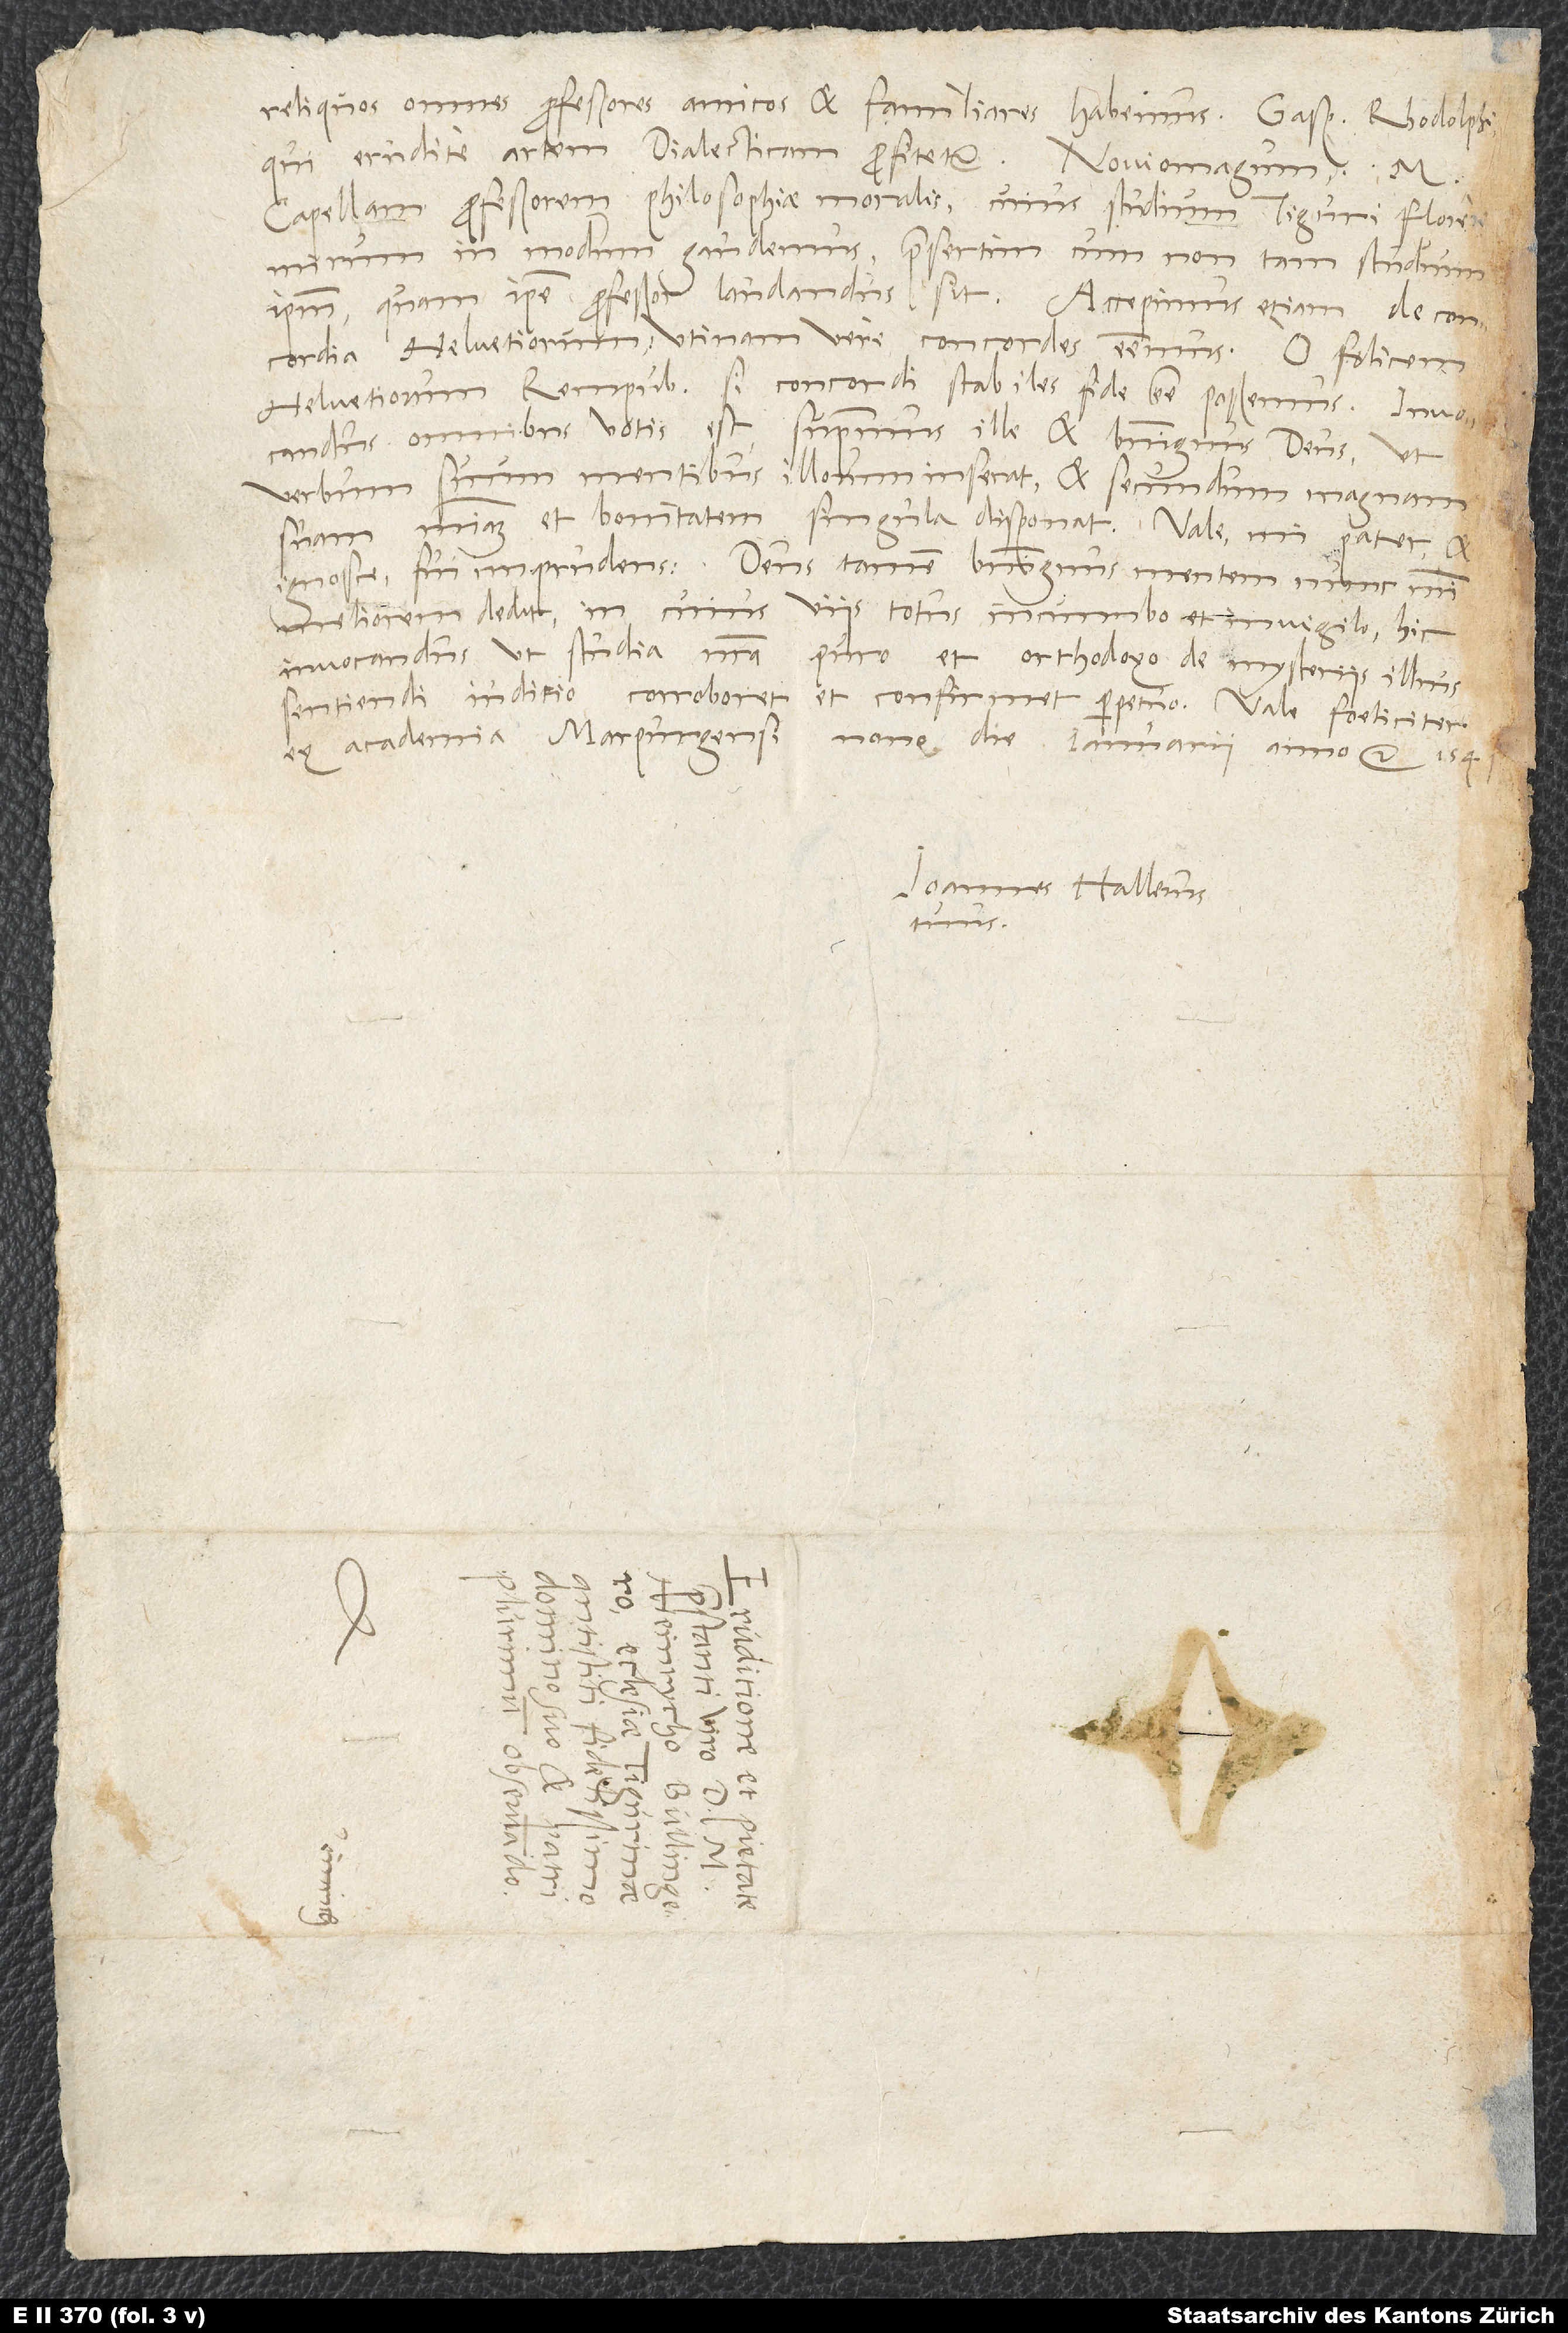
Reliquos omnes professores amicos et familiares habemus: Gasparum Rhodolphi,
qui erudite artem dialecticam profitetur; Noviomagum, M.
Capellam, professorem philosophiae moralis, cuius studium Tiguri florere
mirum in modum gaudemus, praesertim, cum non tam studium
ipsum quam ipse professor laudandus sit. Accepimus etiam de concordia
Helvetiorum; utinam vere concordes essemus! O foelicem
Helvetiorum rempublicam, si concordi stabiles fide esse possemus. Invocandus
omnibus votis est supremus ille et benignus deus, ut
verbum suum mentibus illorum inserat et secundum magnam
suam misericordiam et bonitatem singula disponat. Vale, mi pater, et
ignosce, fui imprudens. Deus tamen benignus mentem nunc mihi
meliorem dedit, in cuius viis totus incumbo et invigilo. Hic
invocandus, ut studia nostra puro et orthodoxo de mysteriis illius
sentiendi iudicio corroboret et confirmet perpetuo. Vale foeliciter.
Ex academia Marpurgensi, nono die ianuarii anno 1541.
Ioannes Hallerus
S.